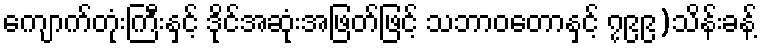
ကျောက်တုံးကြီးနှင့် ဒိုင်အဆုံးအဖြတ်ဖြင့် သဘာဝတောနှင့် ၇၉၉)သိန်းခန့်